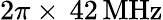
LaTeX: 2\pi\times\, 42\, \mathrm{MHz}